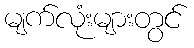
မျက်လုံးများတွင်